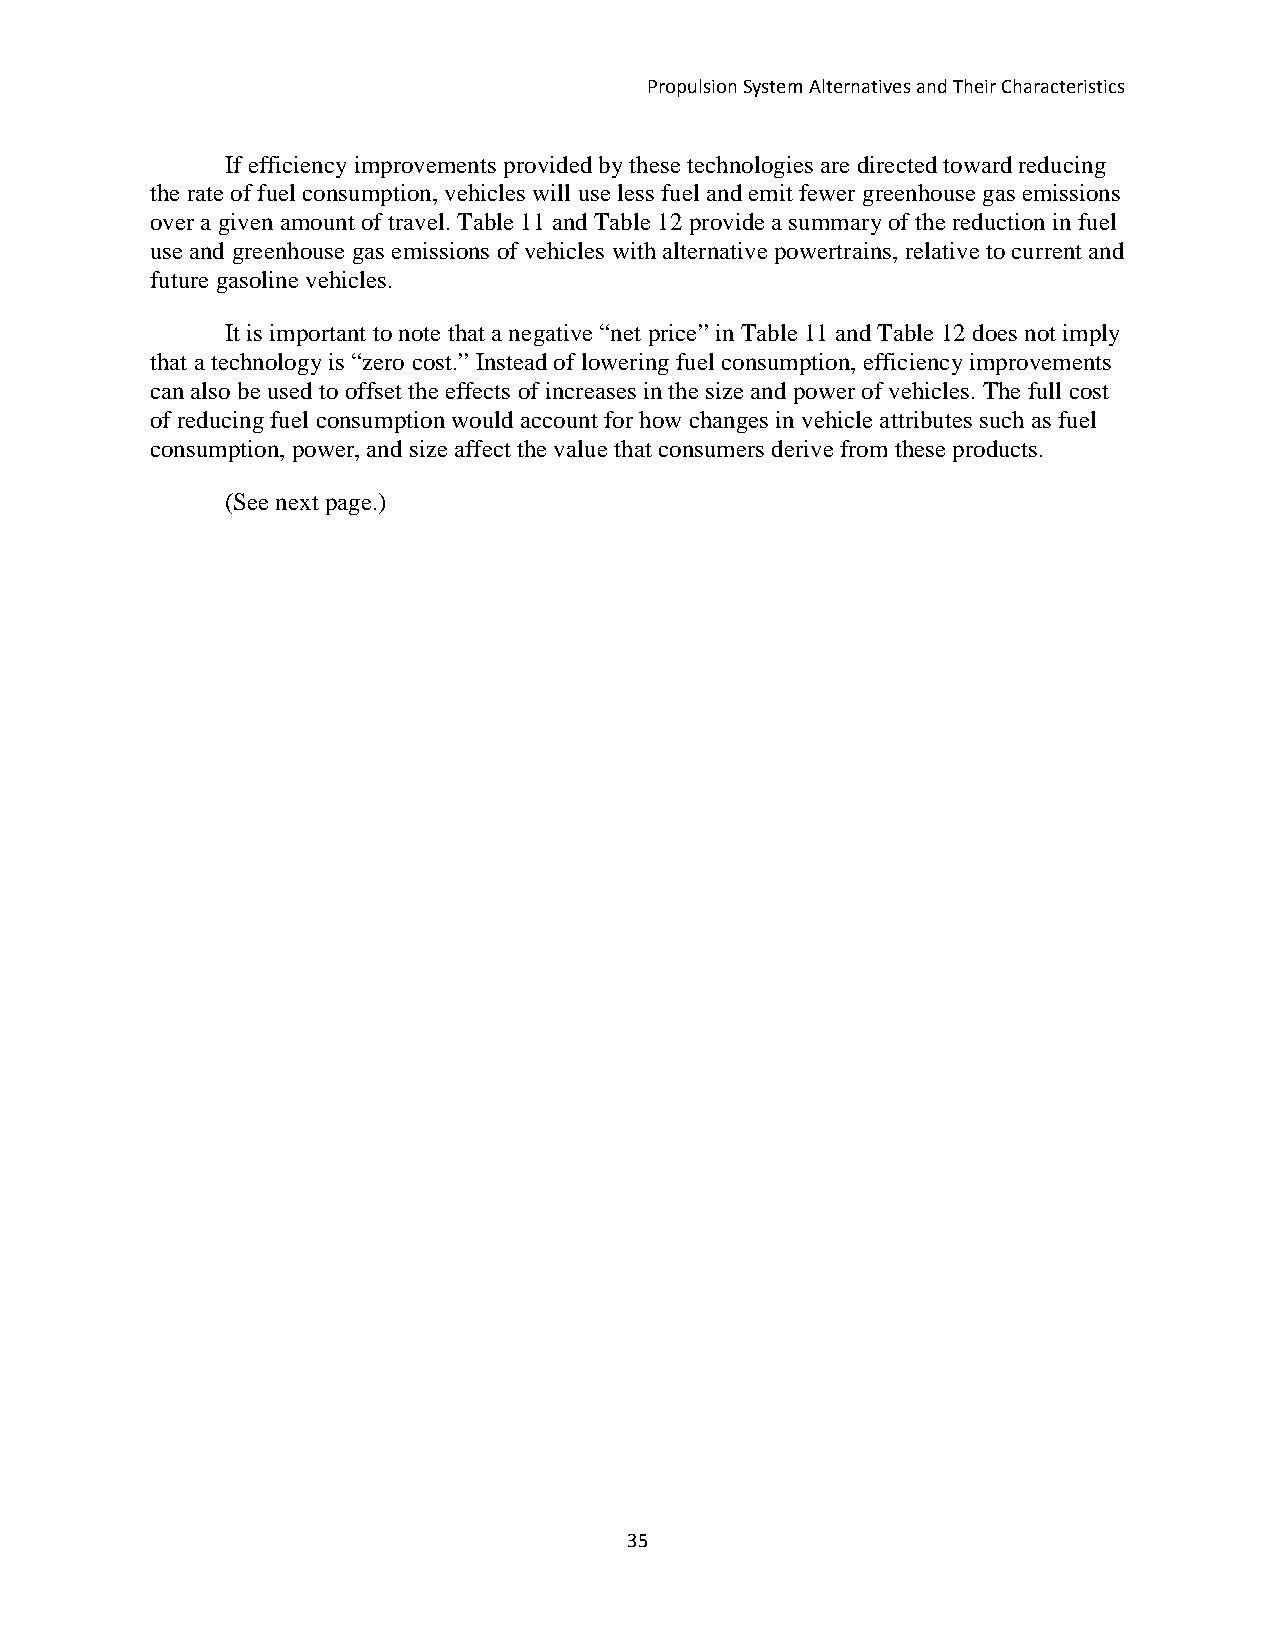
Propulsion System Alternatives and Their Characteristics
 If efficiency improvements provided by these technologies are directed toward reducing
 the rate of fuel consumption, vehicles will use less fuel and emit fewer greenhouse gas emissions
 over a given amount of travel. Table 11 and Table 12 provide a summary of the reduction in fuel
 use and greenhouse gas emissions of vehicles with alternative powertrains, relative to current and
 future gasoline vehicles.
 It is important to note that a negative “net price” in Table 11 and Table 12 does not imply
 that a technology is “zero cost.” Instead of lowering fuel consumption, efficiency improvements
 can also be used to offset the effects of increases in the size and power of vehicles. The full cost
 of reducing fuel consumption would account for how changes in vehicle attributes such as fuel
 consumption, power, and size affect the value that consumers derive from these products.
 (See next page.)
 35